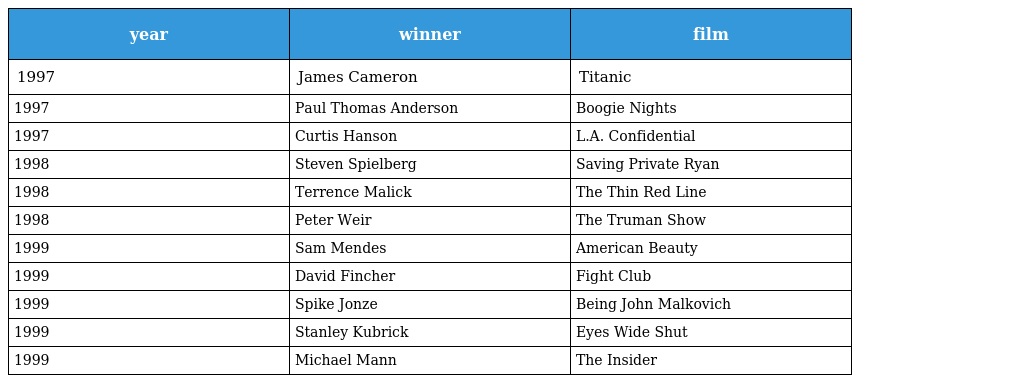
| year | winner | film |
 | --- | --- | --- |
 | 1997 | James Cameron | Titanic |
 | 1997 | Paul Thomas Anderson | Boogie Nights |
 | 1997 | Curtis Hanson | L.A. Confidential |
 | 1998 | Steven Spielberg | Saving Private Ryan |
 | 1998 | Terrence Malick | The Thin Red Line |
 | 1998 | Peter Weir | The Truman Show |
 | 1999 | Sam Mendes | American Beauty |
 | 1999 | David Fincher | Fight Club |
 | 1999 | Spike Jonze | Being John Malkovich |
 | 1999 | Stanley Kubrick | Eyes Wide Shut |
 | 1999 | Michael Mann | The Insider |